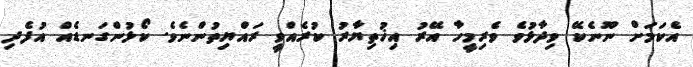
އެކަމަށް ނޫނެކޭ ވިދާޅުވެ ވެރިމީހާ އޭރު އިޚުތިޔާރު ކުރެއްވީ ރައްޔިތުންނެވެ. ކޯޅުންގަނޑެއް އުފެދި